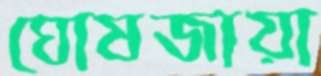
ঘোষজায়া